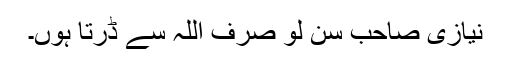
نیازی صاحب سن لو صرف اللہ سے ڈرتا ہوں۔